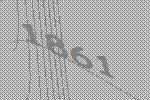
1861